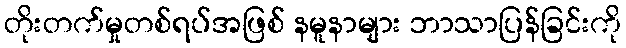
တိုးတက်မှုတစ်ရပ်အဖြစ် နမူနာများ ဘာသာပြန်ခြင်းကို